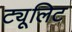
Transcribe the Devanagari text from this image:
ट्यूलिट